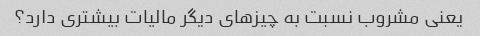
یعنی مشروب نسبت به چیزهای دیگر مالیات بیشتری دارد؟